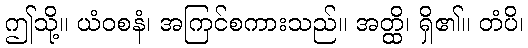
ဤသို့။ ယံဝစနံ၊ အကြင်စကားသည်။ အတ္ထိ၊ ရှိ၏။ တံပိ၊